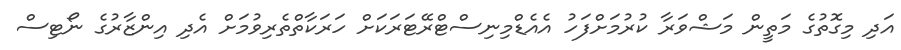
އަދި މިގޮތުގެ މަތީން މަޝްވަރާ ކުރުމަށްފަހު އެއެޑްމިނިސްޓްރޭޓަރަކަށް ހަރަކާތްތެރިވުމަށް އެދި އިންޒާރުގެ ނޯޓިސް